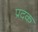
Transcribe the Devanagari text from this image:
प्रदक